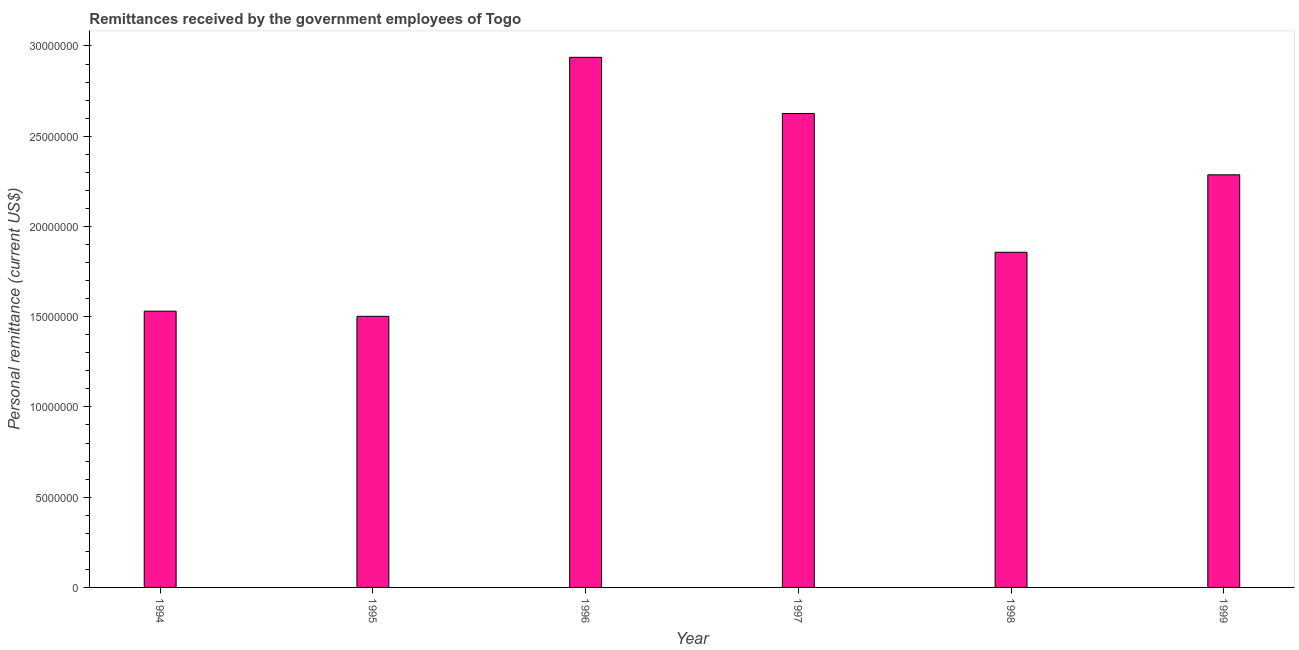
| Year | Personal remittances |
 | --- | --- |
 | 1994 | 1.53e+07 |
 | 1995 | 1.5e+07 |
 | 1996 | 2.94e+07 |
 | 1997 | 2.63e+07 |
 | 1998 | 1.86e+07 |
 | 1999 | 2.29e+07 |